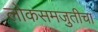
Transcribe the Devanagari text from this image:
लोकसमजुतीचा